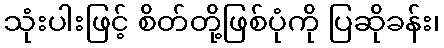
သုံးပါးဖြင့် စိတ်တို့ဖြစ်ပုံကို ပြဆိုခန်း၊